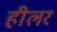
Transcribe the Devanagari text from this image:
हीलर